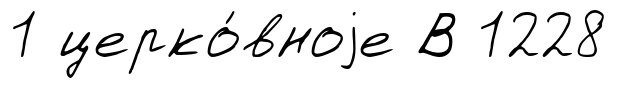
1 церко́вноjе В 1228